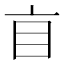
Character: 𥃰